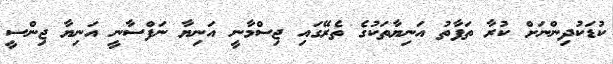
ކުޑަކުދިންނަށް ކުރާ ތަފާތު އަނިޔާތަކުގެ ތެރޭގައި ޖިސްމާނީ އަނިޔާ ނަފްސާނީ އަނިޔާ ޖިންސީ